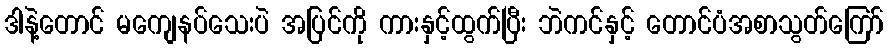
ဒါနဲ့တောင် မကျေနပ်သေးပဲ အပြင်ကို ကားနှင့်ထွက်ပြီး ဘဲကင်နှင့် တောင်ပံအစာသွတ်ကြော်